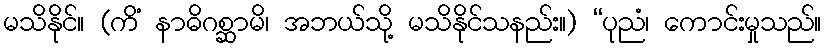
မသိနိုင်။ (ကိံ နာဓိဂစ္ဆာမိ၊ အဘယ်သို့ မသိနိုင်သနည်း။) “ပုညံ၊ ကောင်းမှုသည်။